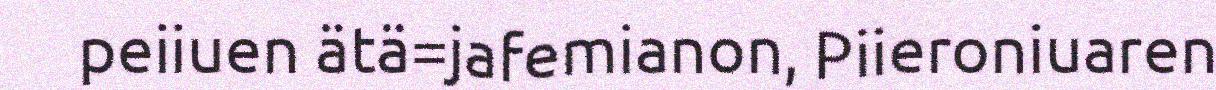
peiiuen ätä=jafemianon, Piieroniuaren